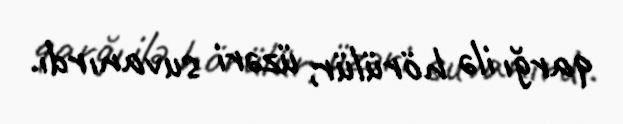
qarğı ilə hörülür, üzəri suvanırdı.